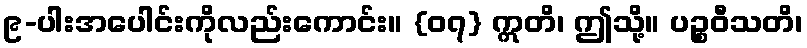
၉-ပါးအပေါင်းကိုလည်းကောင်း။ {၀၇} ဣတိ၊ ဤသို့။ ပဉ္စဝီသတိ၊